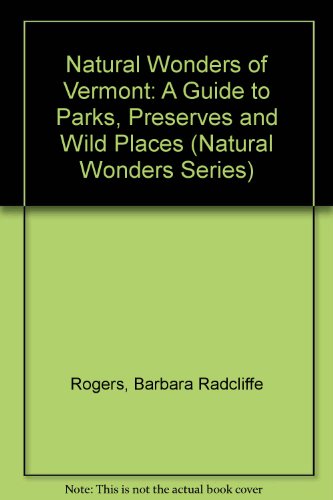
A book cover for Natural Wonders of Vermont: A Guide to Parks, Preserves & Wild Places (Natural Wonders Series); Barbara Rogers; Travel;